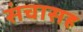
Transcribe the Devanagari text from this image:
संचासह